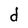
Character: d